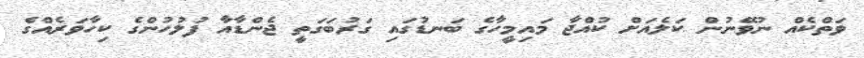
ވަތްކެއް ނުވޭނުން ކަލެއަށް ކުއްޖާ މައިމީހާަގެ ބަނޑުގައި ގަރުބަގަތީ ޖެންޑާއާ ފުލުހުންގެ ކިހާވަރެއްގެ